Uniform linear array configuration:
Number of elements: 8
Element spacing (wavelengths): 1
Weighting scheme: hamming
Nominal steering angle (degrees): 15
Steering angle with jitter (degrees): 15.021
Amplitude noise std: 0.05
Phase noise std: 0.05

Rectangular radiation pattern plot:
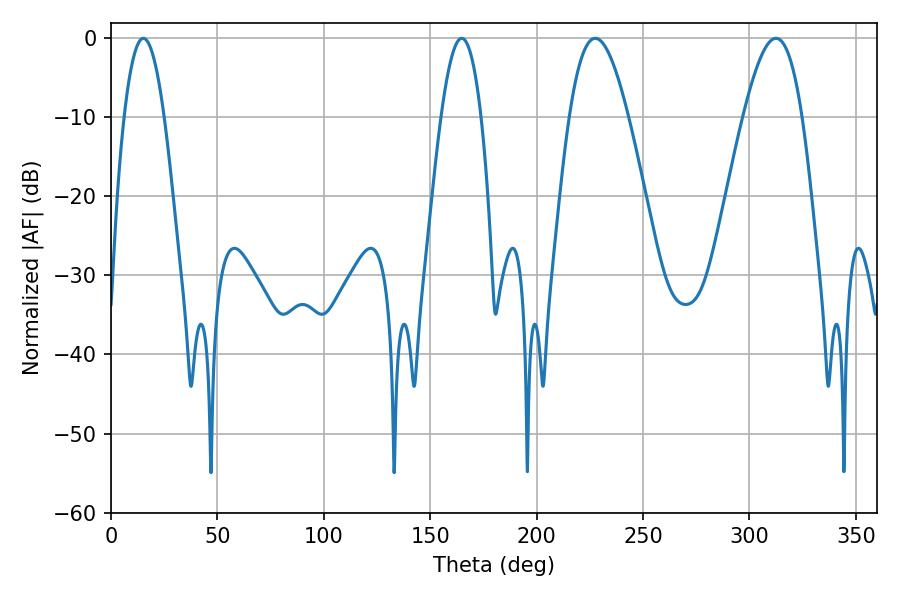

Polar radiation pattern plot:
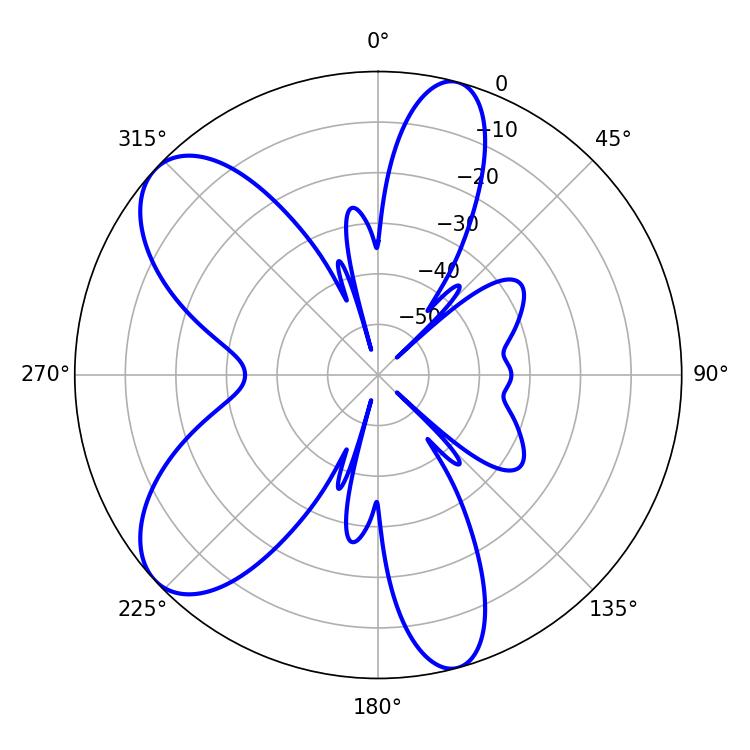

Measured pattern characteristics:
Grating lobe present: TRUE
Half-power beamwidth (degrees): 15.12
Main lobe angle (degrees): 227.52